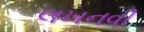
લખનવી